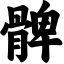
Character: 髀